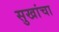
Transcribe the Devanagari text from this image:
सुखांचा